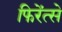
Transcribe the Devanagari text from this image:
फिरेंत्से